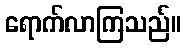
ရောက်လာကြသည်။